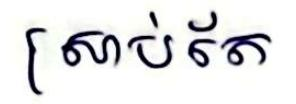
ស្រាប់តែ